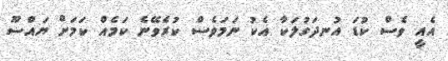
އެއީ ވެސް ކުޑަ އުނދަގުލަކާ އެކު ނަމަވެސް ކުރެވޭނެ ކަމެއް ކަމަށް ޔައްސޫ